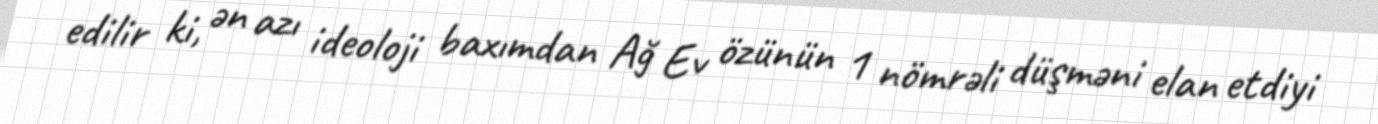
edilir ki, ən azı ideoloji baxımdan Ağ Ev özünün 1 nömrəli düşməni elan etdiyi